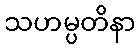
သဟမ္ပတိနာ